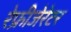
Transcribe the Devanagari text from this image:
रेफ्रीजेरेटर